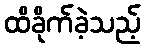
ထိခိုက်ခဲ့သည့်